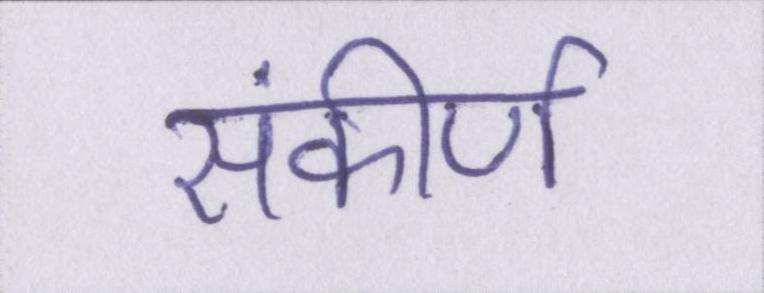
संकीर्ण